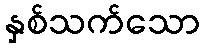
နှစ်သက်သော